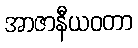
အာဇာနီယဝတာ